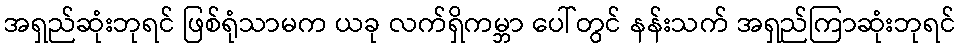
အရှည်ဆုံးဘုရင် ဖြစ်ရုံသာမက ယခု လက်ရှိကမ္ဘာ ပေါ်တွင် နန်းသက် အရှည်ကြာဆုံးဘုရင်